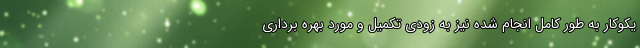
یکوکار به طور کامل انجام شده نیز به زودی تکمیل و مورد بهره برداری